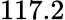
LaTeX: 117.2